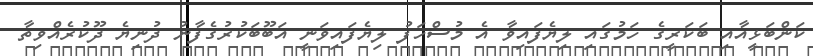
ކަންބަޅީއާއި ބަކަރީގެ ހަމުގައި ލިޔެފައިވާ އެ މުސްހަފު ލިޔެފައިވަނީ އަބޫބަކުރުގެފާނު ދުނިޔެ ދޫކުރެއްވިތާ